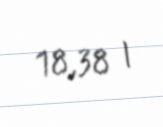
18,38 l